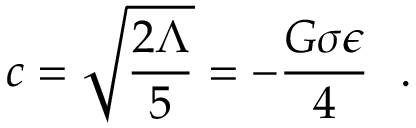
c = \sqrt { \frac { 2 \Lambda } { 5 } } = - \frac { G \sigma \epsilon } { 4 } ~ ~ .